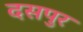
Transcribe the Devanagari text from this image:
दसपुर